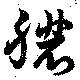
膿